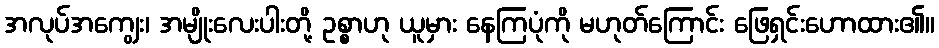
အလုပ်အကျွေး၊ အမျိုးလေးပါးတို့ ဥစ္စာဟု ယူမှား နေကြပုံကို မဟုတ်ကြောင်း ဖြေရှင်းဟောထား၏။